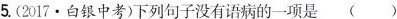
5.(2017.白银中考)下列句子没有语病的一项是 ()